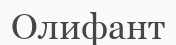
Олифант